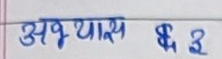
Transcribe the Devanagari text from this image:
अभ्यास § २